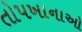
તોપખાનાઓ